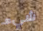
شيء